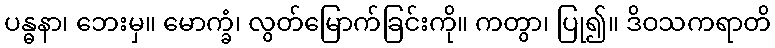
ပန္ဓနာ၊ ဘေးမှ။ မောက္ခံ၊ လွတ်မြောက်ခြင်းကို။ ကတွာ၊ ပြု၍။ ဒိဝသကရာတိ